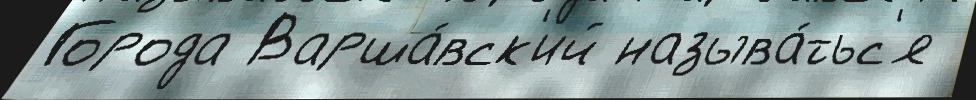
Города Варша́вск'ий называ́тьс'я